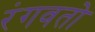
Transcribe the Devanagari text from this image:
रंगवतो